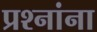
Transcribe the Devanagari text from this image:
प्रश्‍नांना